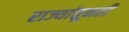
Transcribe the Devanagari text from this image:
राज्यांतूनही